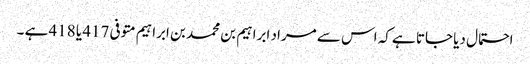
احتمال دیا جاتا ہے کہ اس سے مراد ابراہیم بن محمد بن ابراہیم متوفی 417 یا 418 ہے ۔